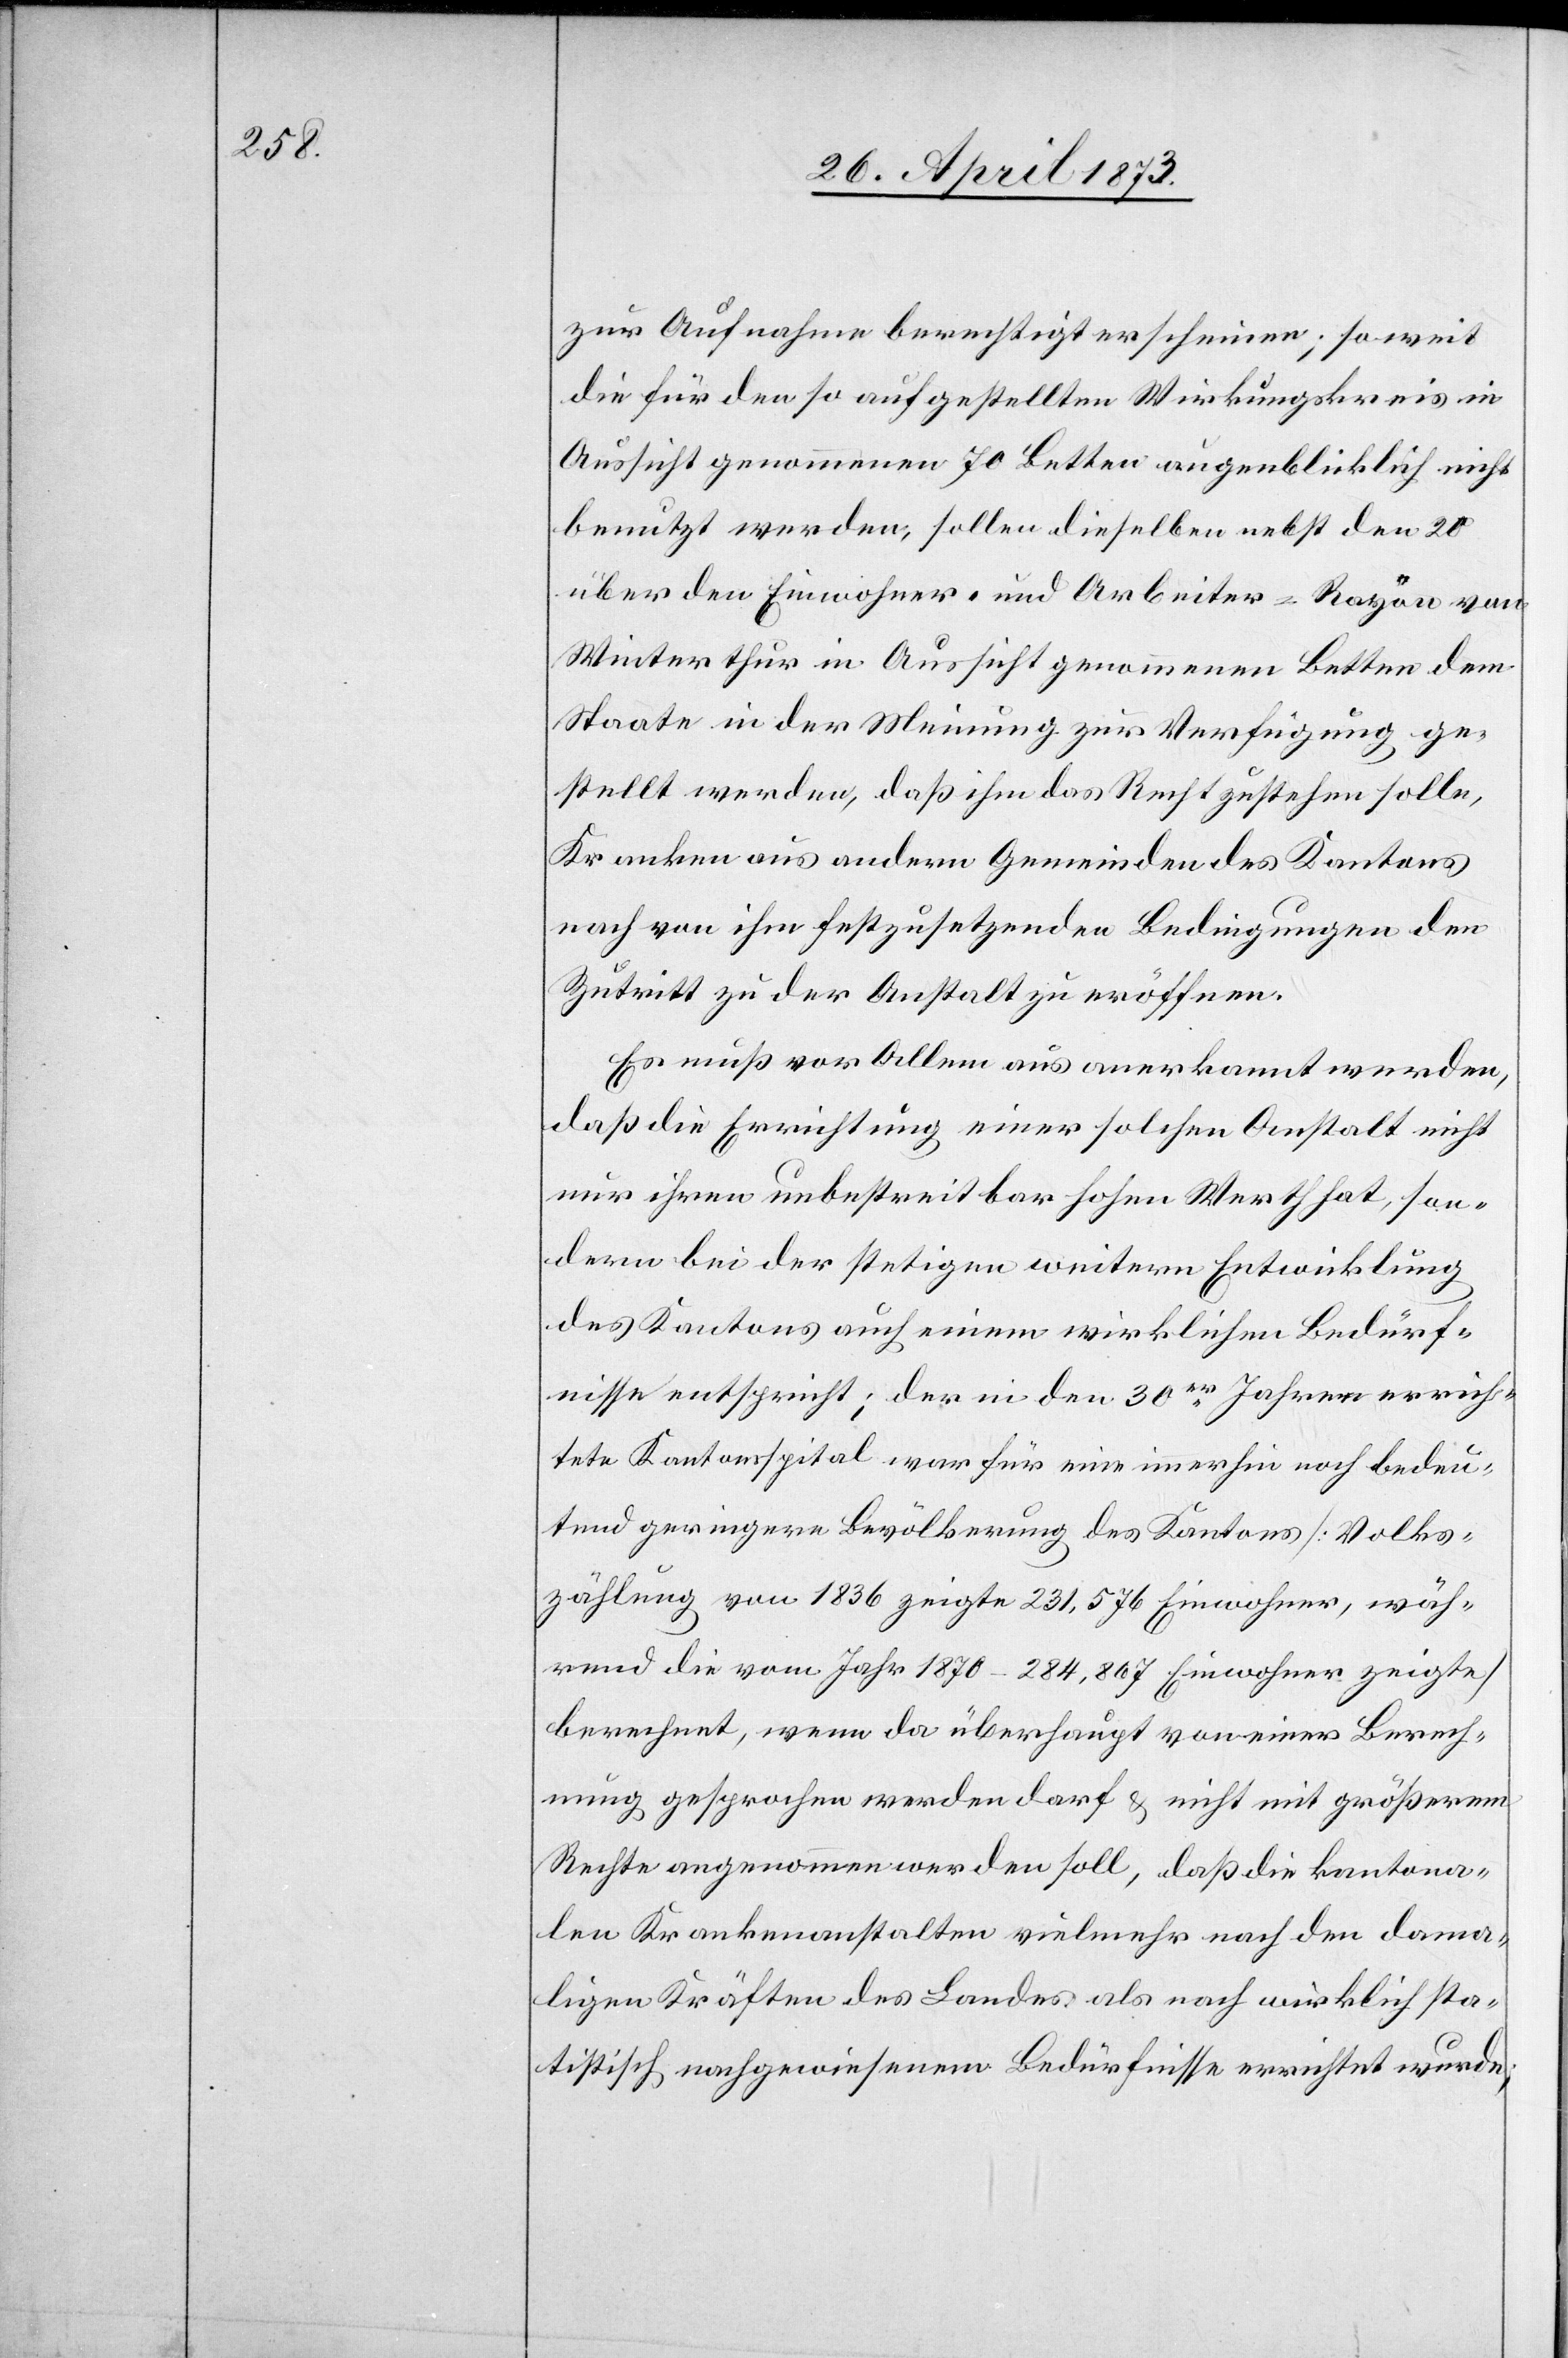
zur Aufnahme berechtigt erscheinen; so weit
die für den so aufgestellten Wirkungskreis in
Aussicht genommenen 70 Betten augenblicklich nicht
benutzt werden, sollen dieselben nebst den 20
über den Einwohner- und Arbeiter-Rayon von
Winterthur in Aussicht genommenen Betten dem
Staate in der Meinung zur Verfügung ge¬
stellt werden, daß ihm das Recht zustehen solle,
Kranken aus andern Gemeinden des Kantons
nach von ihm festzusetzenden Bedingungen den
Zutritt zu der Anstalt zu eröffnen.
Es muß vor Allem aus anerkannt werden,
daß die Errichtung einer solchen Anstalt nicht
nur ihren unbestreitbar hohen Werth hat, son¬
dern bei der stetigen weitern Entwicklung
des Kantons auch einem wirklichen Bedürf¬
nisse entspricht; der in den 30er Jahren errich¬
tete Kantonsspital war für eine immerhin noch bedeu¬
tend geringere Bevölkerung des Kantons [Volks¬
zählung von 1836 zeigte 231,576 Einwohner, wäh¬
rend die vom Jahr 1870 – 284,867 Einwohner zeigte]
berechnet, wenn da überhaupt von einer Berech¬
nung gesprochen werden darf & nicht mit größerem
Rechte angenommen werden soll, daß die kantona¬
len Krankenanstalten vielmehr nach den dama¬
ligen Kräften des Landes als nach wirklich sta¬
tistisch nachgewiesenem Bedürfnisse errichtet wurde;